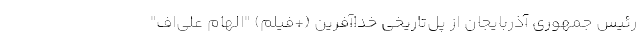
رئیس جمهوری آذربایجان از پل‌تاریخی خداآفرین (+فیلم) "الهام علی‌اف"